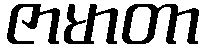
ဇာမာတာ